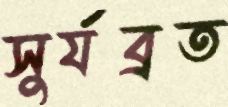
সুর্যব্রত